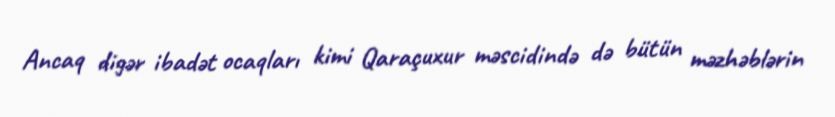
Ancaq digər ibadət ocaqları kimi Qaraçuxur məscidində də bütün məzhəblərin